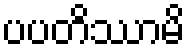
ပပတိဿာမိ